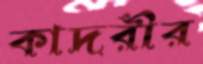
কাদরীর